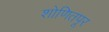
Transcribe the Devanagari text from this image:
शोणितपूर